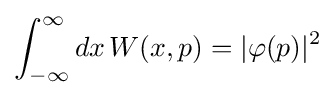
\int _{-\infty }^{\infty }dx\,W(x,p)=|\varphi (p)|^{2}